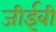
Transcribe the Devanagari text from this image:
जीईबी